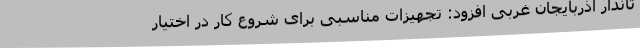
تاندار آذربایجان غربی افزود: تجهیزات مناسبی برای شروع کار در اختیار